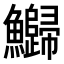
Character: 𬵻